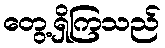
တွေ့ရှိကြသည်